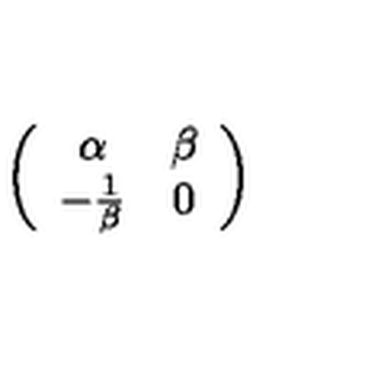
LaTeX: \left( \begin{array} { c c } { \alpha } & { \beta } \\ { - \frac { 1 } { \beta } } & { 0 } \\ \end{array} \right)